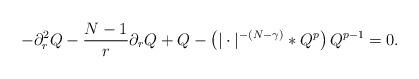
LaTeX: \begin{align*}-\partial_r^2 Q - \frac{N-1}{r} \partial_r Q + Q - \left( |\cdot|^{-(N-\gamma)} * Q^p \right) Q^{p-1} =0.\end{align*}